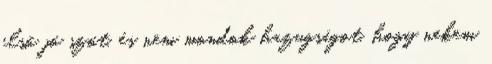
első jó szót, és nem mondok hazugságot, hogy nekem